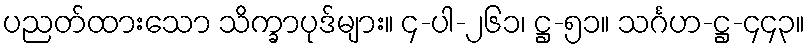
ပညတ်ထားသော သိက္ခာပုဒ်များ။ ၄-ပါ-၂၆၁၊ ဋ္ဌ-၅၁။ သင်္ဂဟ-ဋ္ဌ-၄၄၃။